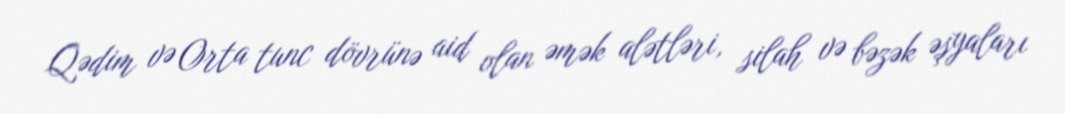
Qədim və Orta tunc dövrünə aid olan əmək alətləri, silah və bəzək əşyaları